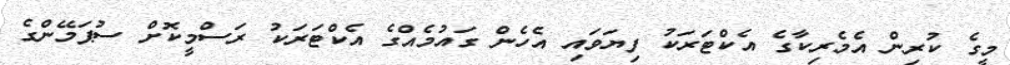
މީގެ ކުރިން އެމެރިކާގެ އެކްޓަރަކު ފިޔަވައި އެހެން ގައުމެއްގެ އެކްޓަރަކު ރަސްމީކޮށް ސުޕަމޭންގެ